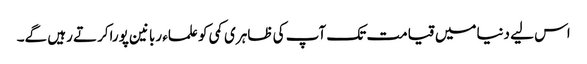
اس لیے دنیامیں قیامت تک آپ کی ظاہری کمی کو علماء ربانین پوراکرتے رہیں گے۔